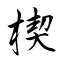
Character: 楔